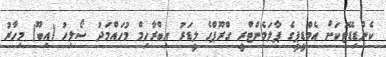
ކެންޑިޑޭޓަކަށް އެމްޑީޕީގެ ޕާލަމެންޓްރީ ގްރޫޕްގެ ލީޑަރު އިބްރާހިމް މުހައްމަދު ސޯލިހު (އިބޫ) މިހާރު